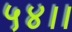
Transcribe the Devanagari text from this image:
५४।।